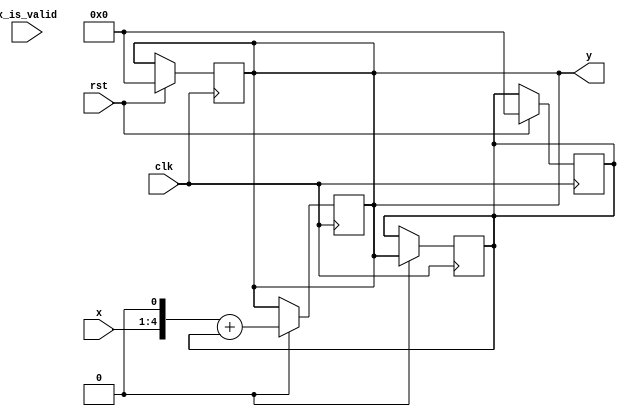
module ex_3_a (
                  input x_is_valid,
                  input [3:0] x,
		  input rst,
		  input clk,
                  output reg [5:0] y 
                  );
 
   reg [5:0] 			   y1;
   

   always @(posedge clk) begin 
	if (rst)
	begin
		y<=6'd0;
		y1<=6'd0;
	end	
   end
	
   always @(posedge clk) begin 
	if (x_load)
	  begin
	y1<=y;
	y<=(x<<1)+y1;
	end
   end

       
endmodule